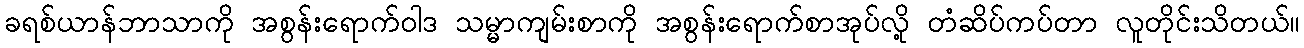
ခရစ်ယာန်ဘာသာကို အစွန်းရောက်ဝါဒ သမ္မာကျမ်းစာကို အစွန်းရောက်စာအုပ်လို့ တံဆိပ်ကပ်တာ လူတိုင်းသိတယ်။